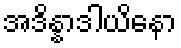
အဒိန္နာဒါယိနော